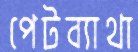
পেটব্যাথা